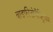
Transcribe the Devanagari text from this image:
बाइफीडोबैक्ट्रियम